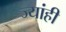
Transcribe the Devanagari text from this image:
ज्यांही